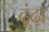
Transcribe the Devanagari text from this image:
ढ़ूंढ़ा